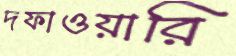
দফাওয়ারি